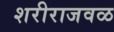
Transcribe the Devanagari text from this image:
शरीराजवळ